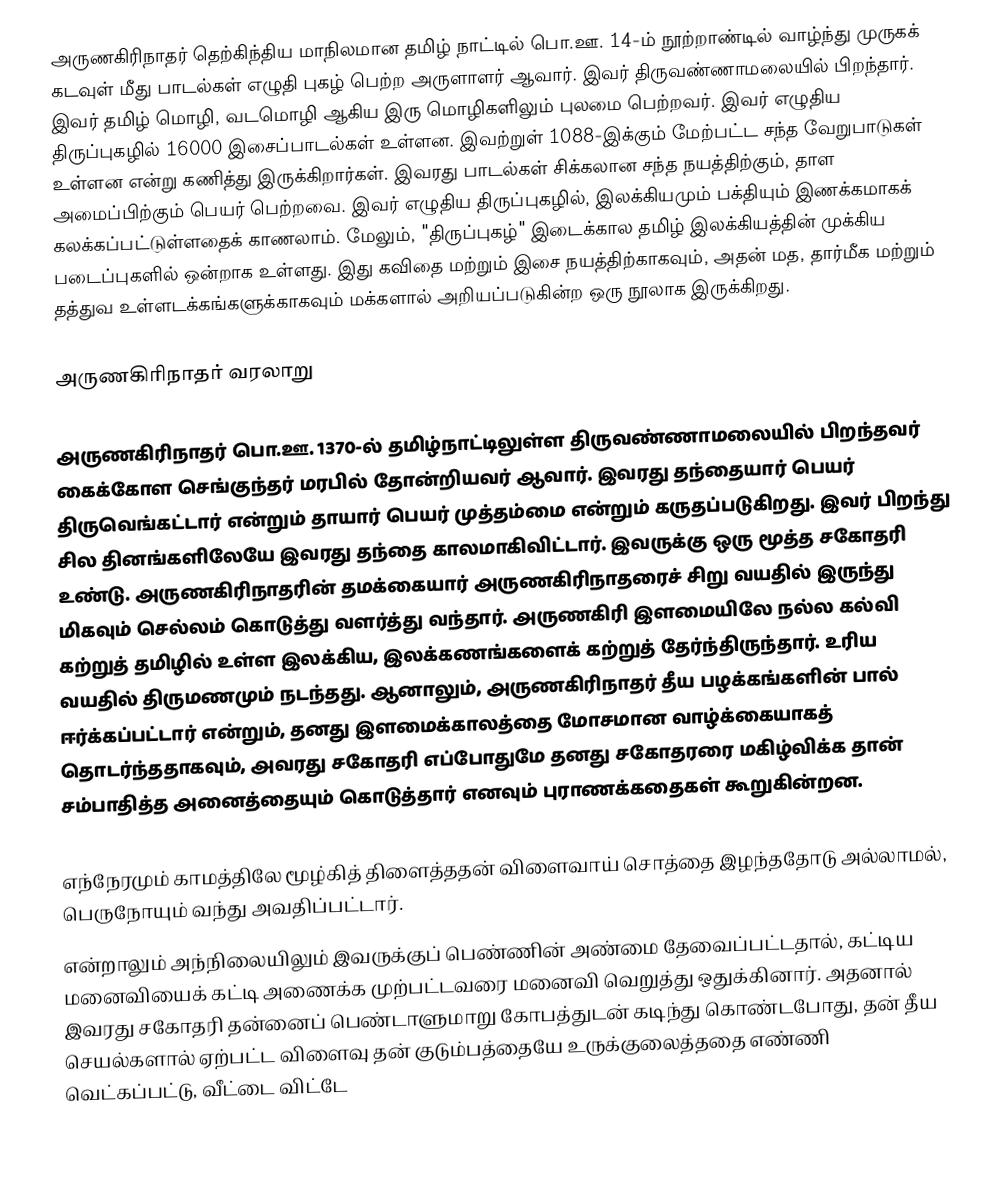
அருணகிரிநாதர் தெற்கிந்திய மாநிலமான தமிழ் நாட்டில் பொ.ஊ. 14-ம் நூற்றாண்டில் வாழ்ந்து முருகக் கடவுள் மீது பாடல்கள் எழுதி புகழ் பெற்ற அருளாளர் ஆவார்.  இவர் திருவண்ணாமலையில் பிறந்தார். இவர் தமிழ் மொழி, வடமொழி ஆகிய இரு மொழிகளிலும் புலமை பெற்றவர். இவர் எழுதிய திருப்புகழில் 16000 இசைப்பாடல்கள் உள்ளன. இவற்றுள் 1088-இக்கும் மேற்பட்ட சந்த வேறுபாடுகள் உள்ளன என்று கணித்து இருக்கிறார்கள். இவரது பாடல்கள் சிக்கலான சந்த நயத்திற்கும், தாள அமைப்பிற்கும்  பெயர் பெற்றவை. இவர் எழுதிய திருப்புகழில், இலக்கியமும் பக்தியும் இணக்கமாகக் கலக்கப்பட்டுள்ளதைக் காணலாம். மேலும், "திருப்புகழ்" இடைக்கால தமிழ் இலக்கியத்தின் முக்கிய படைப்புகளில் ஒன்றாக உள்ளது. இது கவிதை மற்றும் இசை நயத்திற்காகவும், அதன் மத, தார்மீக மற்றும் தத்துவ உள்ளடக்கங்களுக்காகவும் மக்களால் அறியப்படுகின்ற ஒரு நூலாக இருக்கிறது.

அருணகிரிநாதர் வரலாறு

அருணகிரிநாதர் பொ.ஊ. 1370-ல் தமிழ்நாட்டிலுள்ள திருவண்ணாமலையில் பிறந்தவர் கைக்கோள செங்குந்தர் மரபில் தோன்றியவர் ஆவார். இவரது தந்தையார் பெயர் திருவெங்கட்டார் என்றும் தாயார் பெயர் முத்தம்மை என்றும் கருதப்படுகிறது. இவர் பிறந்து சில தினங்களிலேயே இவரது தந்தை காலமாகிவிட்டார். இவருக்கு ஒரு மூத்த சகோதரி உண்டு. அருணகிரிநாதரின் தமக்கையார் அருணகிரிநாதரைச் சிறு வயதில் இருந்து மிகவும் செல்லம் கொடுத்து வளர்த்து வந்தார். அருணகிரி இளமையிலே நல்ல கல்வி கற்றுத் தமிழில் உள்ள இலக்கிய, இலக்கணங்களைக் கற்றுத் தேர்ந்திருந்தார். உரிய வயதில் திருமணமும் நடந்தது. ஆனாலும், அருணகிரிநாதர் தீய பழக்கங்களின் பால் ஈர்க்கப்பட்டார் என்றும், தனது இளமைக்காலத்தை மோசமான வாழ்க்கையாகத் தொடர்ந்ததாகவும், அவரது சகோதரி எப்போதுமே தனது சகோதரரை மகிழ்விக்க தான் சம்பாதித்த அனைத்தையும் கொடுத்தார் எனவும் புராணக்கதைகள் கூறுகின்றன.

எந்நேரமும் காமத்திலே மூழ்கித் திளைத்ததன் விளைவாய் சொத்தை இழந்ததோடு அல்லாமல், பெருநோயும் வந்து அவதிப்பட்டார்.
என்றாலும் அந்நிலையிலும் இவருக்குப் பெண்ணின் அண்மை தேவைப்பட்டதால், கட்டிய மனைவியைக் கட்டி அணைக்க முற்பட்டவரை மனைவி வெறுத்து ஒதுக்கினார். அதனால் இவரது  சகோதரி தன்னைப் பெண்டாளுமாறு கோபத்துடன் கடிந்து கொண்டபோது,  தன் தீய செயல்களால் ஏற்பட்ட விளைவு தன் குடும்பத்தையே உருக்குலைத்ததை எண்ணி வெட்கப்பட்டு, வீட்டை விட்டே